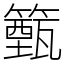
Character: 籈